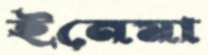
ইনেমা